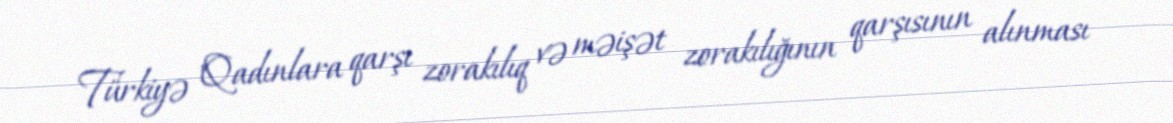
Türkiyə "Qadınlara qarşı zorakılıq və məişət zorakılığının qarşısının alınması